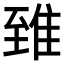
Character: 𨾽